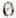
0